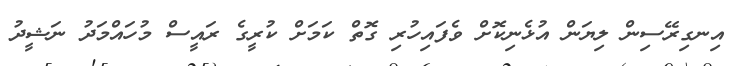
އިނގިރޭސިން ލިޔަން އުޅެނިކޮށް ވެފައިހުރި ގޮތް ކަމަށް ކުރީގެ ރައީސް މުހައްމަދު ނަޝީދު